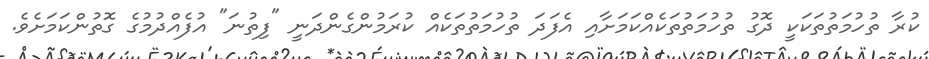
ކުރާ ތުހުމަތުތަކަކީ ދޮގު ތުހުމަތުތަކެއްކަމަށާއި އެފަދަ ތުހުމަތުތަކެއް ކުރަމުންގެންދަނީ "ފިތުނަ" އުފެއްދުމުގެ ގޮތުންކަމަށެވެ.